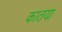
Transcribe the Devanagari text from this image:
कातया